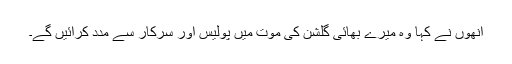
انھوں نے کہا وہ میرے بھائی گلشن کی موت میں پولیس اور سرکار سے مدد کرائیں گے۔